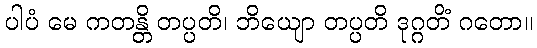
ပါပံ မေ ကတန္တိ တပ္ပတိ၊ ဘိယျော တပ္ပတိ ဒုဂ္ဂတိံ ဂတော။